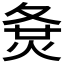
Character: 𡕛